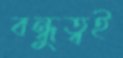
বন্ধুত্বই